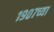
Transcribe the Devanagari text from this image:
१९०७च्या